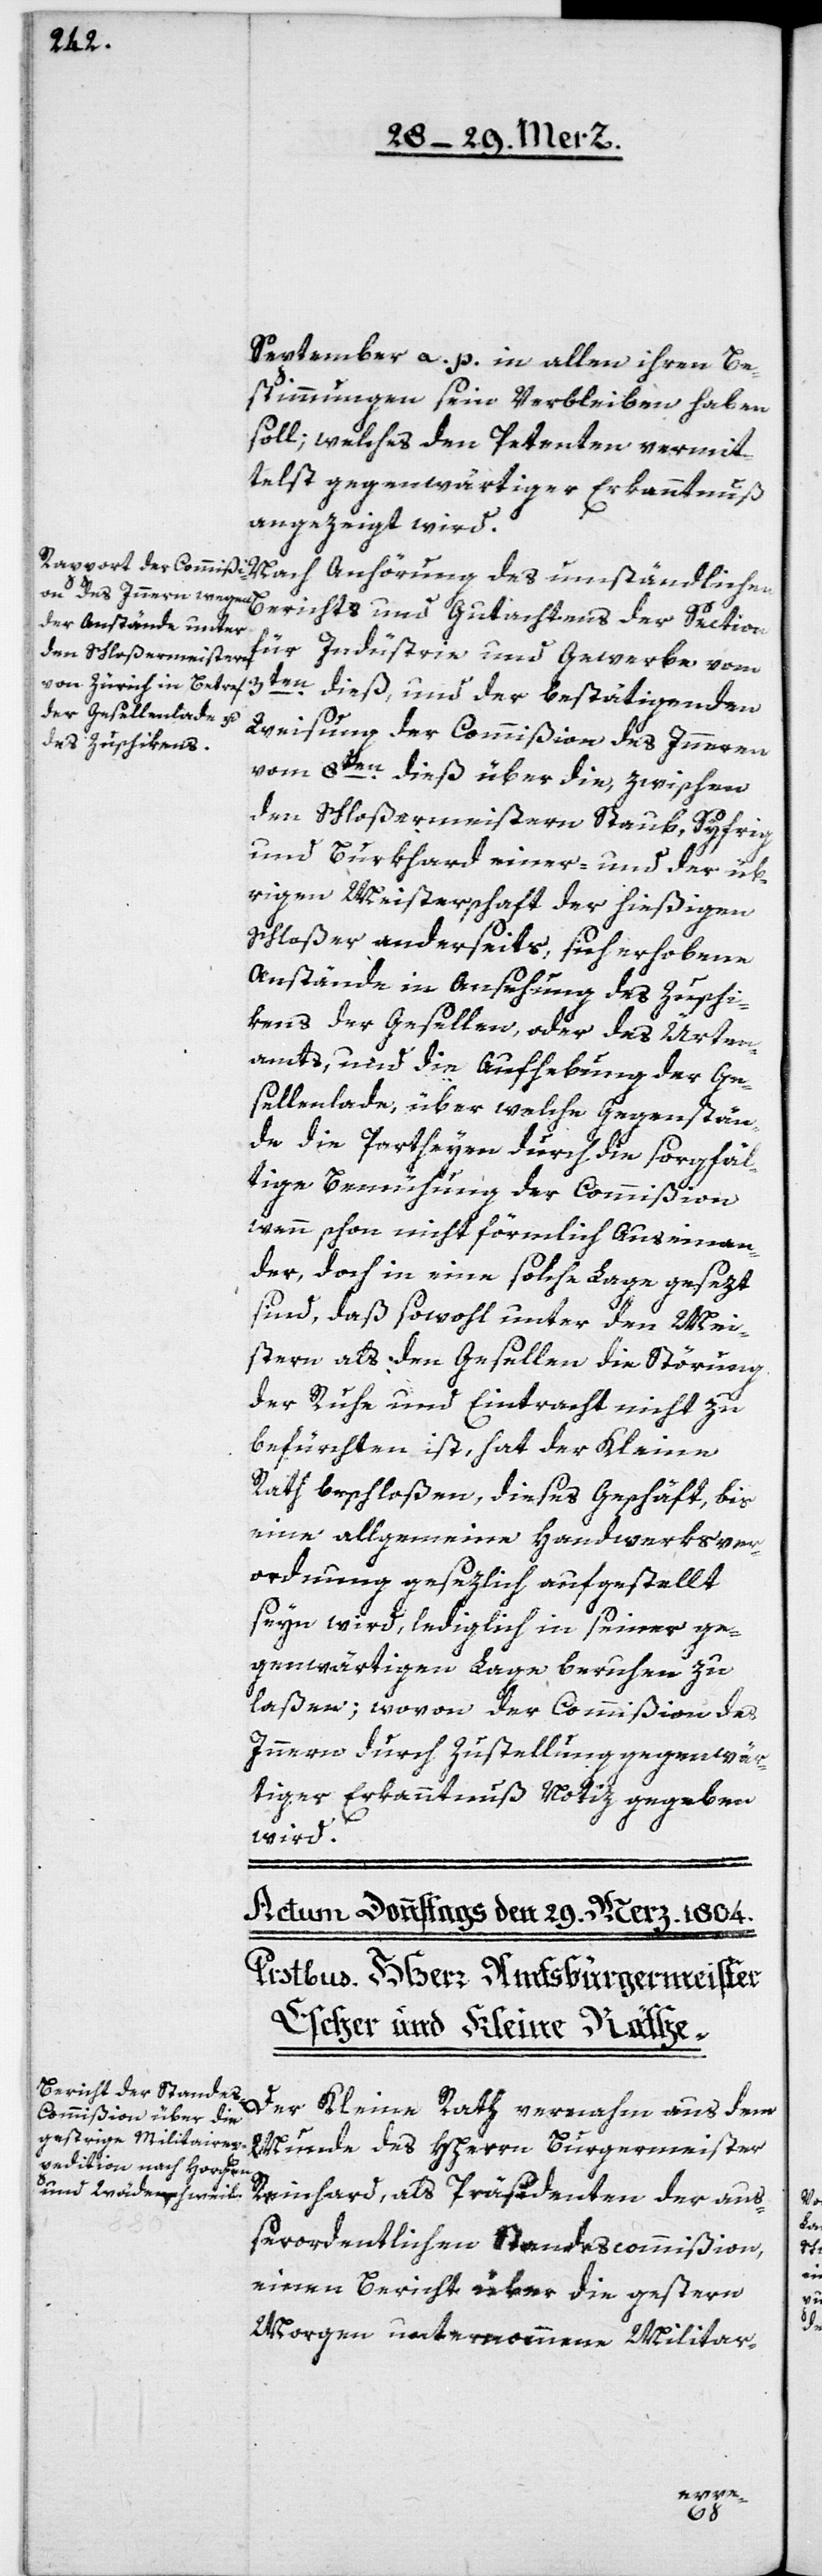
September a. p. in allen ihren Be¬
stimmungen sein Verbleiben haben
soll; welches den Petenten vermit¬
telst gegenwärtiger Erkanntnuß
angezeigt wird.
Nach Anhörung des umständlichen
für Industrie und Gewerbe vom
3ten dieß, und der bestätigenden
Weisung der Commißion des Innern
vom 8ten dieß über die, zwischen
den Schloßermeistern Staub, Syfrig
und Burkhard einer- und der üb¬
rigen Meisterschaft der hießigen
Schloßer anderseits, sich erhobene
Anstände in Ansehung des Zuschi¬
kens der Gesellen, oder des Ürten¬
amts, und die Aufhebung der Ge¬
sellenlade, über welche Gegenstän¬
de die Partheyen durch die sorgfäl¬
tige Bemühung der Commißion,
wenn schon nicht förmlich auseinan¬
der, doch in eine solche Lage gesezt
sind, daß sowohl unter den Mei¬
stern als den Gesellen die Störung
der Ruhe und Eintracht nicht zu
befürchten ist, hat der Kleine
Rath beschloßen, dieses Geschäft, bis
eine allgemeine Handwerksver¬
ordnung gesezlich aufgestellt
seyn wird, lediglich in seiner ge¬
genwärtigen Lage, beruhen zu
laßen, wovon der Commißion des
Innern durch Zustellung gegenwär¬
tiger Erkanntnuß Notiz gegeben
wird.
Berichts und Gutachtens der Section
Der Kleine Rath vernahm aus dem
Munde des HHerrn Burgermeister
Reinhard, als Präsidenten der auß¬
erordentlichen Standescommißion,
einen Bericht über die gestern
Morgen unternommene Militar-